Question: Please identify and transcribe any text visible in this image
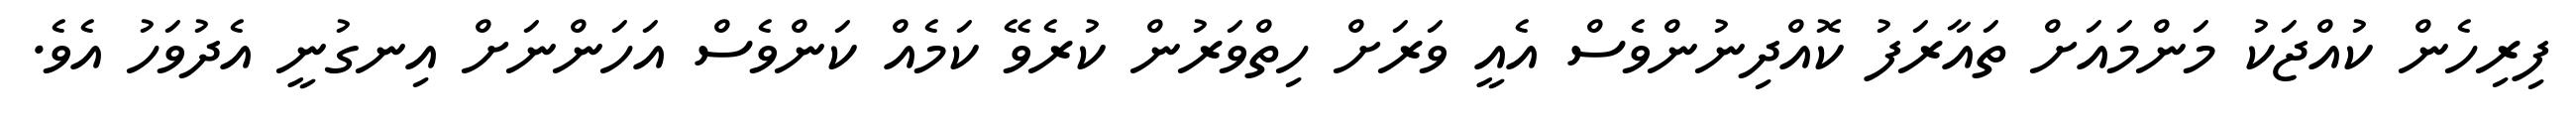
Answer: ފިރިހެން ކުއްޖަކު މަންމައަށް ތައާރަފު ކޮއްދިނުންވެސް އެއީ ވަރަށް ހިތްވަރުން ކުރެވޭ ކަމެއް ކަންވެސް އަހަންނަށް އިނގުނީ އެދުވަހު އެވެ.